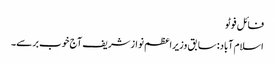
فائل فوٹو
اسلام آباد: سابق وزیراعظم نوازشریف آج خوب برسے۔